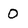
Character: O